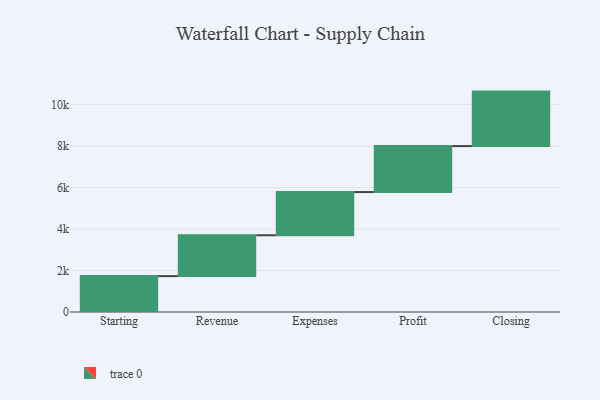
{"axis": {"x": "Step", "y": "Value"}, "legend": [""], "data": [{"x": "Starting", "y": 1731.0, "type": ""}, {"x": "Revenue", "y": 1971.0, "type": ""}, {"x": "Expenses", "y": 2083.0, "type": ""}, {"x": "Profit", "y": 2216.0, "type": ""}, {"x": "Closing", "y": 2628.0, "type": ""}]}